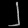
Digit: ၂